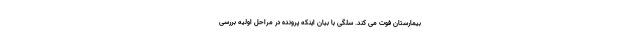
بیمارستان فوت می کند. سلگی با بیان اینکه پرونده در مراحل اولیه بررسی